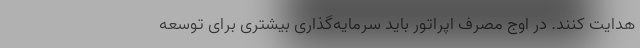
هدایت کنند. در اوج مصرف اپراتور باید سرمایه‌گذاری بیشتری برای توسعه